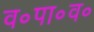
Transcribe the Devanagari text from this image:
व॰पा॰व॰